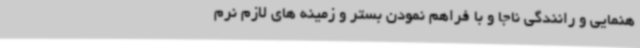
هنمایی و رانندگی ناجا و با فراهم نمودن بستر و زمینه های لازم نرم